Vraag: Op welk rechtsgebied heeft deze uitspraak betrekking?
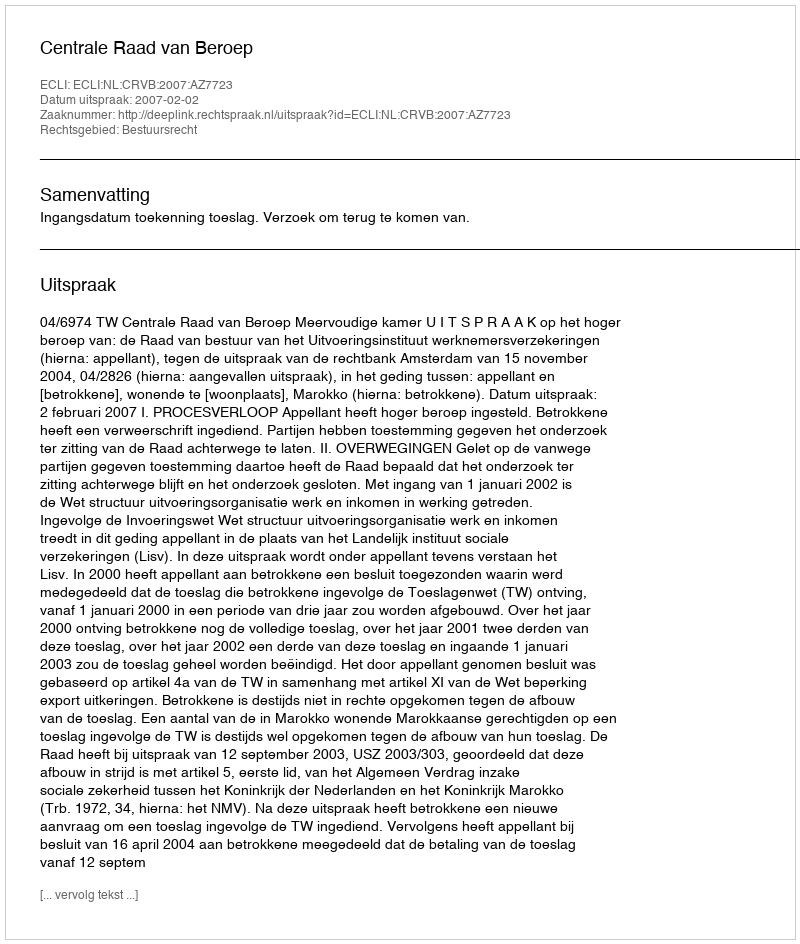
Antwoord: Bestuursrecht